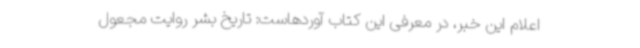
اعلام این خبر، در معرفی این کتاب آوردهاست: تاریخ بشر روایت مجعول